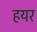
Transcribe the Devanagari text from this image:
हयर